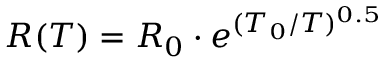
R ( T ) = R _ { 0 } \cdot e ^ { ( T _ { 0 } / T ) ^ { 0 . 5 } }